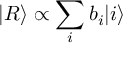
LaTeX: | R \rangle \propto \sum _ { i } b _ { i } | i \rangle